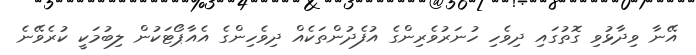
އޭނާ ވިދާޅުވި ގޮތުގައި ދިވެހި ހުނަރުވެރިންގެ އުފެދުންތަކެއް ދިވެހިންގެ އެއާޕޯޓަކުން ލިބުމަކީ ކުރެވޭނެ